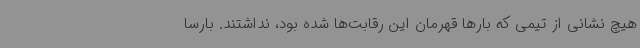
هیچ نشانی از تیمی که بارها قهرمان این رقابت‌ها شده بود، نداشتند. بارسا